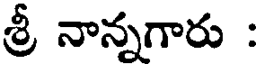
శ్రీ నాన్నగారు :